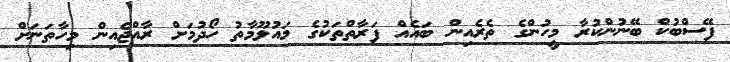
ފޭސްބުކް ބޭނުންކުރާ މީހުންގެ ތެރެއިން ބައެއް ފަރާތްތަކުގެ މައުލޫމާތު ހޯދުމަށް ރާއްޖެއިން މިހާތަނަށް